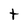
Character: t